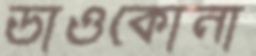
ডাওকোনা